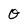
Character: O